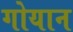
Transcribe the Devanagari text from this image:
गोयान